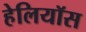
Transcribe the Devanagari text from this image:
हेलियॉस